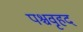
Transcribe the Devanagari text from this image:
पश्चवृहद